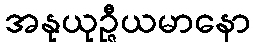
အနုယုဉ္ဇီယမာနော